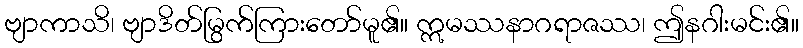
ဗျာကာသိ၊ ဗျာဒိတ်မြွက်ကြားတော်မူ၏။ ဣမဿနာဂရာဇဿ၊ ဤနဂါးမင်း၏။